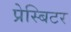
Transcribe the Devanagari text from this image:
प्रेस्बिटर